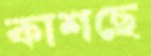
কাশছে